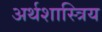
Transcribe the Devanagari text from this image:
अर्थशास्त्रिय